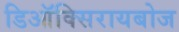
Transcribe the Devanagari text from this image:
डिऑक्सिरायबोज